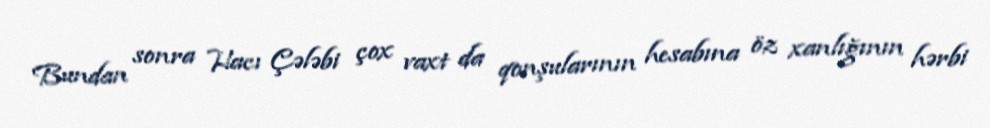
Bundan sonra Hacı Çələbi çox vaxt da qonşularının hesabına öz xanlığının hərbi